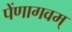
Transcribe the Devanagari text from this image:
पेंणागवम्